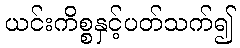
ယင်းကိစ္စနှင့်ပတ်သက်၍